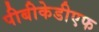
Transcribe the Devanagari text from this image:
पीबीकेडीएफ